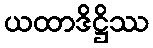
ယထာဒိဋ္ဌိဿ